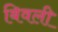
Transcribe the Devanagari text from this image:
बिवली